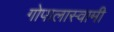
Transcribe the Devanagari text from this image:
गोपालास्वामी